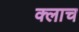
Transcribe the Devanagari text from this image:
क्लाच